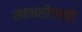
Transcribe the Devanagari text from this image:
सहनशीलताहै